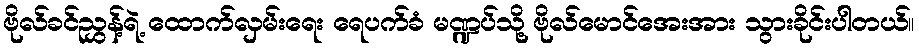
ဗိုလ်ခင်ညွှန့်ရဲ့ ထောက်လှမ်းရေး ရေပက်ခံ မဏ္ဍပ်သို့ ဗိုလ်မောင်အေးအား သွားခိုင်းပါတယ်။